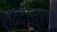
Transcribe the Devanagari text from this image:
शब्दांतरण